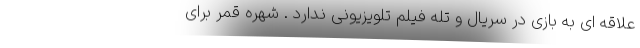
علاقه ای به بازی در سریال و تله فیلم تلویزیونی ندارد . شهره قمر برای